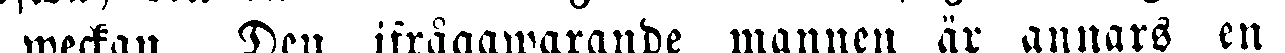
weckan. Den ifrågawarande mannen är annars en